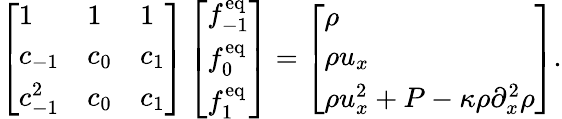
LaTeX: \left[\begin{array}{lll}{1}&{1}&{1}\\ {c_{-1}}&{c_{0}}&{c_{1}}\\ {c_{-1}^{2}}&{c_{0}}&{c_{1}}\end{array}\right]\left[\begin{array}{l}{f_{-1}^{\mathrm{eq}}}\\ {f_{0}^{\mathrm{eq}}}\\ {f_{1}^{\mathrm{eq}}}\end{array}\right]=\left[\begin{array}{l}{\rho}\\ {\rho u_{x}}\\ {\rho u_{x}^{2}+P-\kappa\rho\partial_{x}^{2}\rho}\end{array}\right].